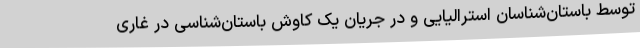
توسط باستان‌شناسان استرالیایی و در جریان یک کاوش باستان‌شناسی در غاری